Report of the Imperial Institute of Veterinary Research, Muktesar
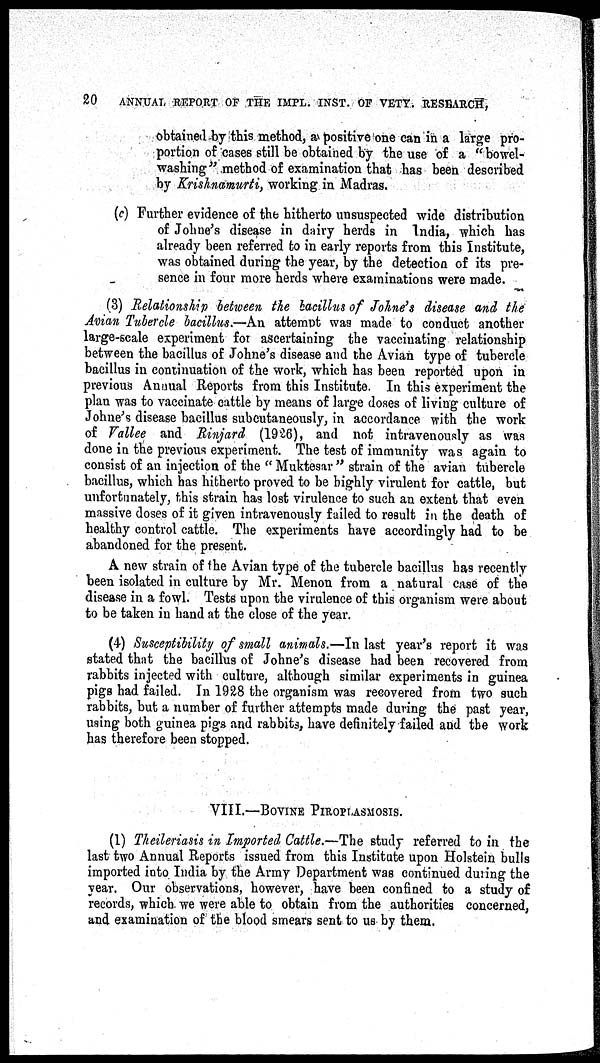
20
ANNUAL REPORT OF THE IMPL. INST. OF VETY. RESEARCH,
obtained by this method, a positive one can in a large pro-
portion of cases still be obtained by the use of a "bowel-
washing" method of examination that has been described
by Krishnamurti, working in Madras.
(c) Further evidence of the hitherto unsuspected wide distribution
of Johne's disease in dairy herds in India, which has
already been referred to in early reports from this Institute,
was obtained during the year, by the detection of its pre-
sence in four more herds where examinations were made.
(3) Relationship between the bacillus of Johne's disease and the
Avian Tubercle bacillus.—An attempt was made to conduct another
large-scale experiment for ascertaining the vaccinating relationship
between the bacillus of Johne's disease and the Avian type of tubercle
bacillus in continuation of the work, which has been reported upon in
previous Annual Reports from this Institute. In this experiment the
plan was to vaccinate cattle by means of large doses of living culture of
Johne's disease bacillus subcutaneously, in accordance with the work
of Vallee and Rinjard (1926), and not intravenously as was
done in the previous experiment. The test of immunity was again to
consist of an injection of the " Muktesar " strain of the avian tubercle
bacillus, which has hitherto proved to be highly virulent for cattle, but
unfortunately, this strain has lost virulence to such an extent that even
massive doses of it given intravenously failed to result in the death of
healthy control cattle. The experiments have accordingly had to be
abandoned for the present.
A new strain of the Avian type of the tubercle bacillus has recently
been isolated in culture by Mr. Menon from a natural case of the
disease in a fowl. Tests upon the virulence of this organism were about
to be taken in hand at the close of the year.
(4) Susceptibility of small animals.—In last year's report it was
stated that the bacillus of Johne's disease had been recovered from
rabbits injected with culture, although similar experiments in guinea
pigs had failed. In 1928 the organism was recovered from two such
rabbits, but a number of further attempts made during the past year,
using both guinea pigs and rabbits, have definitely failed and the work
has therefore been stopped.
VIII.—BOVINE PIROPLASMOSIS.
(1) Theileriasis in Imported Cattle.—The study referred to in the
last two Annual Reports issued from this Institute upon Holstein bulls
imported into India by the Army Department was continued during the
year. Our observations, however, have been confined to a study of
records, which we were able to obtain from the authorities concerned,
and examination of the blood smears sent to us by them.